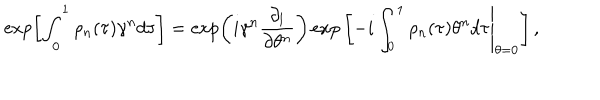
\exp \left[ \int _ { 0 } ^ { 1 } \rho _ { n } ( \tau ) \gamma ^ { n } d \tau \right] = \left. \exp \left( i \gamma ^ { n } \frac { \partial _ { l } } { \partial \theta ^ { n } } \right) \exp \left[ - i \int _ { 0 } ^ { 1 } \rho _ { n } ( \tau ) \theta ^ { n } d \tau \right| _ { \theta = 0 } \right] ,